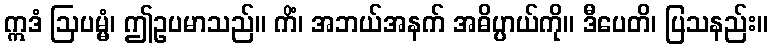
ဣဒံ ဩပမ္မံ၊ ဤဥပမာသည်။ ကိံ၊ အဘယ်အနက် အဓိပ္ပာယ်ကို။ ဒီပေတိ၊ ပြသနည်း။